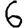
Digit: 6